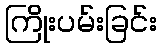
ကြိုးပမ်းခြင်း